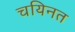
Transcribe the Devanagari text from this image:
चयिनत